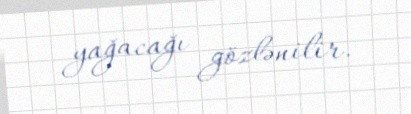
yağacağı gözlənilir.